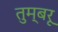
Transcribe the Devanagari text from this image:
तुम्बरू